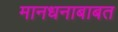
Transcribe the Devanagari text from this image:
मानधनाबाबत